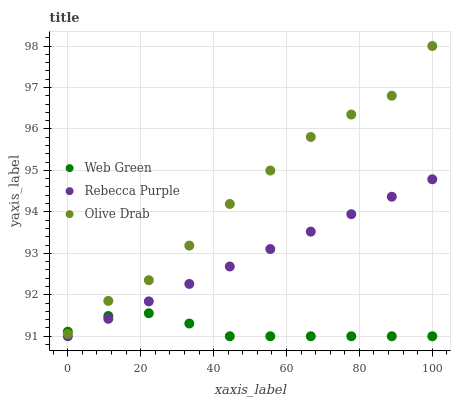
| xaxis_label | Web Green | Rebecca Purple | Olive Drab |
 | --- | --- | --- | --- |
 | 0 | 91.1 | 91 | 91.1 |
 | 11.1 | 91.5 | 91.4 | 91.9 |
 | 22.2 | 91.6 | 91.8 | 92.4 |
 | 33.3 | 91.3 | 92.3 | 93.2 |
 | 44.4 | 91 | 92.7 | 94.2 |
 | 55.6 | 91 | 93.1 | 95 |
 | 66.7 | 91 | 93.5 | 95.8 |
 | 77.8 | 91 | 93.9 | 96.3 |
 | 88.9 | 91 | 94.4 | 96.8 |
 | 100 | 91 | 94.8 | 98 |